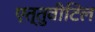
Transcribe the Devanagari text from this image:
एत्तुवीटिल